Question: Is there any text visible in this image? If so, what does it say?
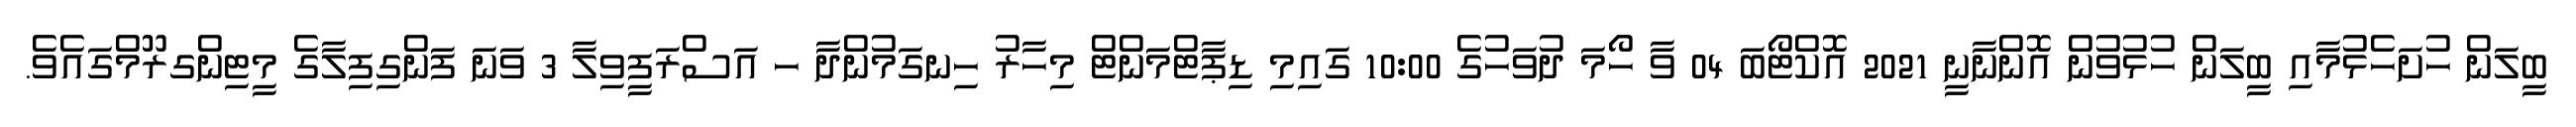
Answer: ބީލަން ހުށަހެޅުމާއި ބީލަން ހުޅުވުން އޮންނާނީ 2021 އޮކްޓޯބަ 04 ވާ ހޯމަ ދުވަހުގެ 10:00 ގައިމި ޑިޕާޓްމަންޓް މިހާރު ހިނގަމުންދާ ހ އަސްރަފީވިލާ 3 ވަނަ ފަންގިފިލާގެ މީޓިންގރޫމްގައެވެ.